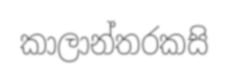
කාලාන්තරකසි